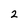
Character: 2